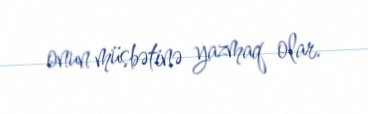
onun müsbətinə yazmaq olar.